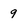
Character: 9